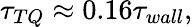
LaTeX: \tau_{TQ}\approx 0.16\tau_{wall},